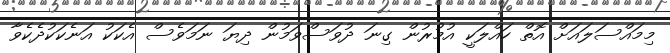
މިމައްސަލައަށް އޮތް ހައްލަކީ އުމުރުން ގިނަ ދުވަސްވަމުން ދިޔަ ނަމަވެސް އެކަކު އަނެކަކުދެކެވާ